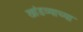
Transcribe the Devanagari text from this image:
खांडव्याच्या